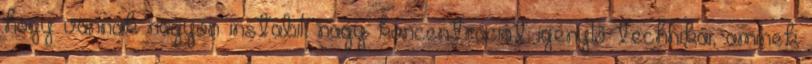
hogy vannak nagyon instabil, nagy koncentrációt igénylő technikái, aminek